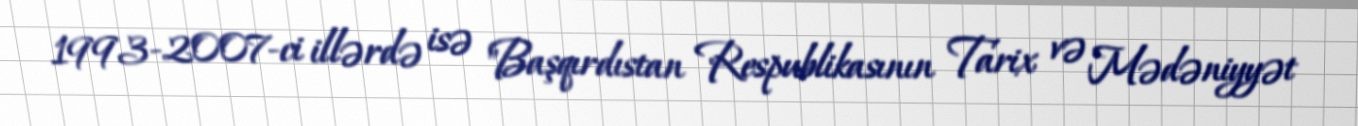
1993-2007-ci illərdə isə "Başqırdıstan Respublikasının Tarix və Mədəniyyət